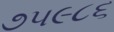
૭૫૯૮૬